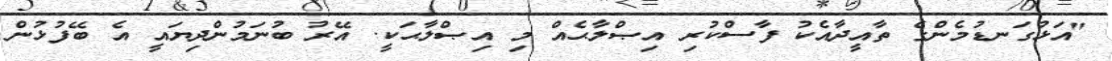
"އަޅުގަނޑުމެންގެ ތާއީދާއެކު ފާސްކުރި އިޞްލާޙެއް މި އިޞްލާޙަކީ. އޭރު ބުނަމުންދިޔައީ އެ ބޭފުޅުން